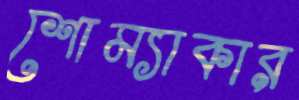
শোম্যাকার